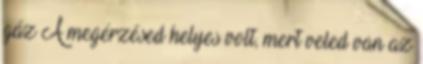
gáz A megérzésed helyes volt, mert veled van az